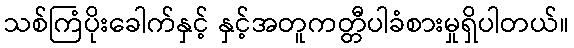
သစ်ကြံပိုးခေါက်နှင့် နှင့်အတူကတ္တီပါခံစားမှုရှိပါတယ်။